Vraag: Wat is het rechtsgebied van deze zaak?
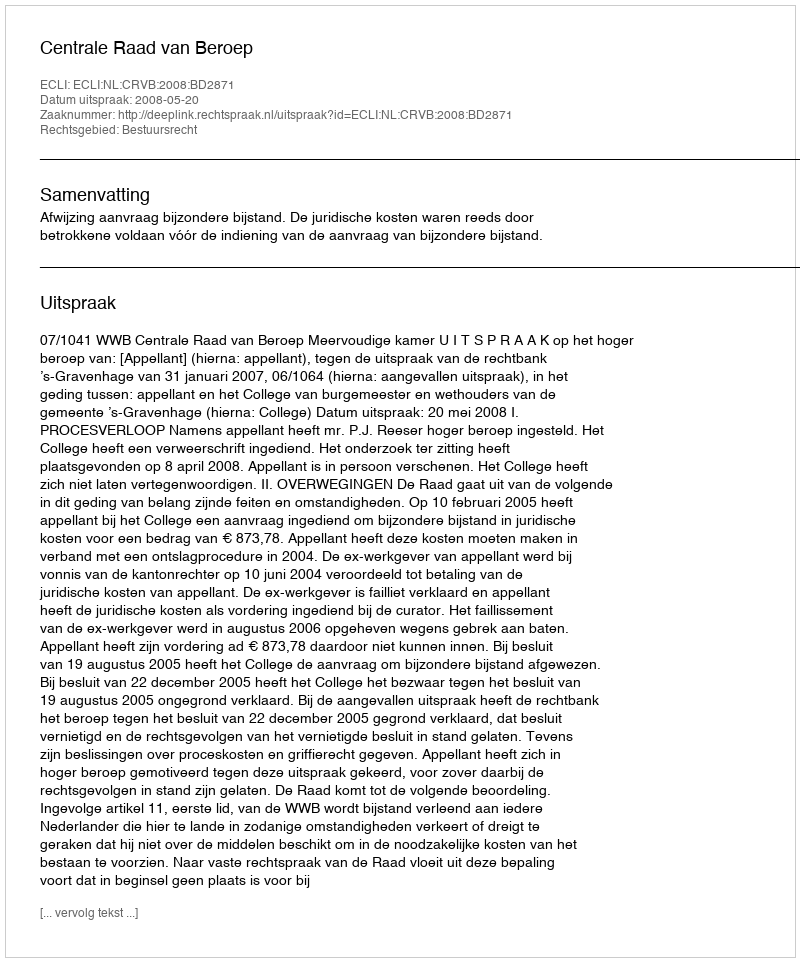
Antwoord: Bestuursrecht